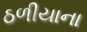
ઠળીયાના